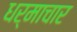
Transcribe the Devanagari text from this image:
धर्माचार